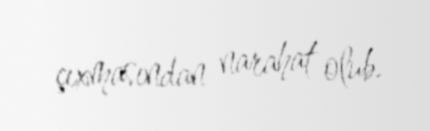
çıxmasından narahat olub.